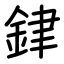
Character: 銉